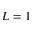
L = 1